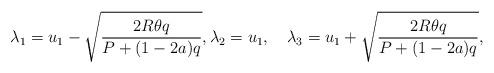
LaTeX: \begin{align*}\lambda_1=u_1-\sqrt{\frac{2R\theta q}{P+(1-2a)q}},\lambda_2=u_1,\quad\lambda_3=u_1+\sqrt{\frac{2R\theta q}{P+(1-2a)q}},\end{align*}